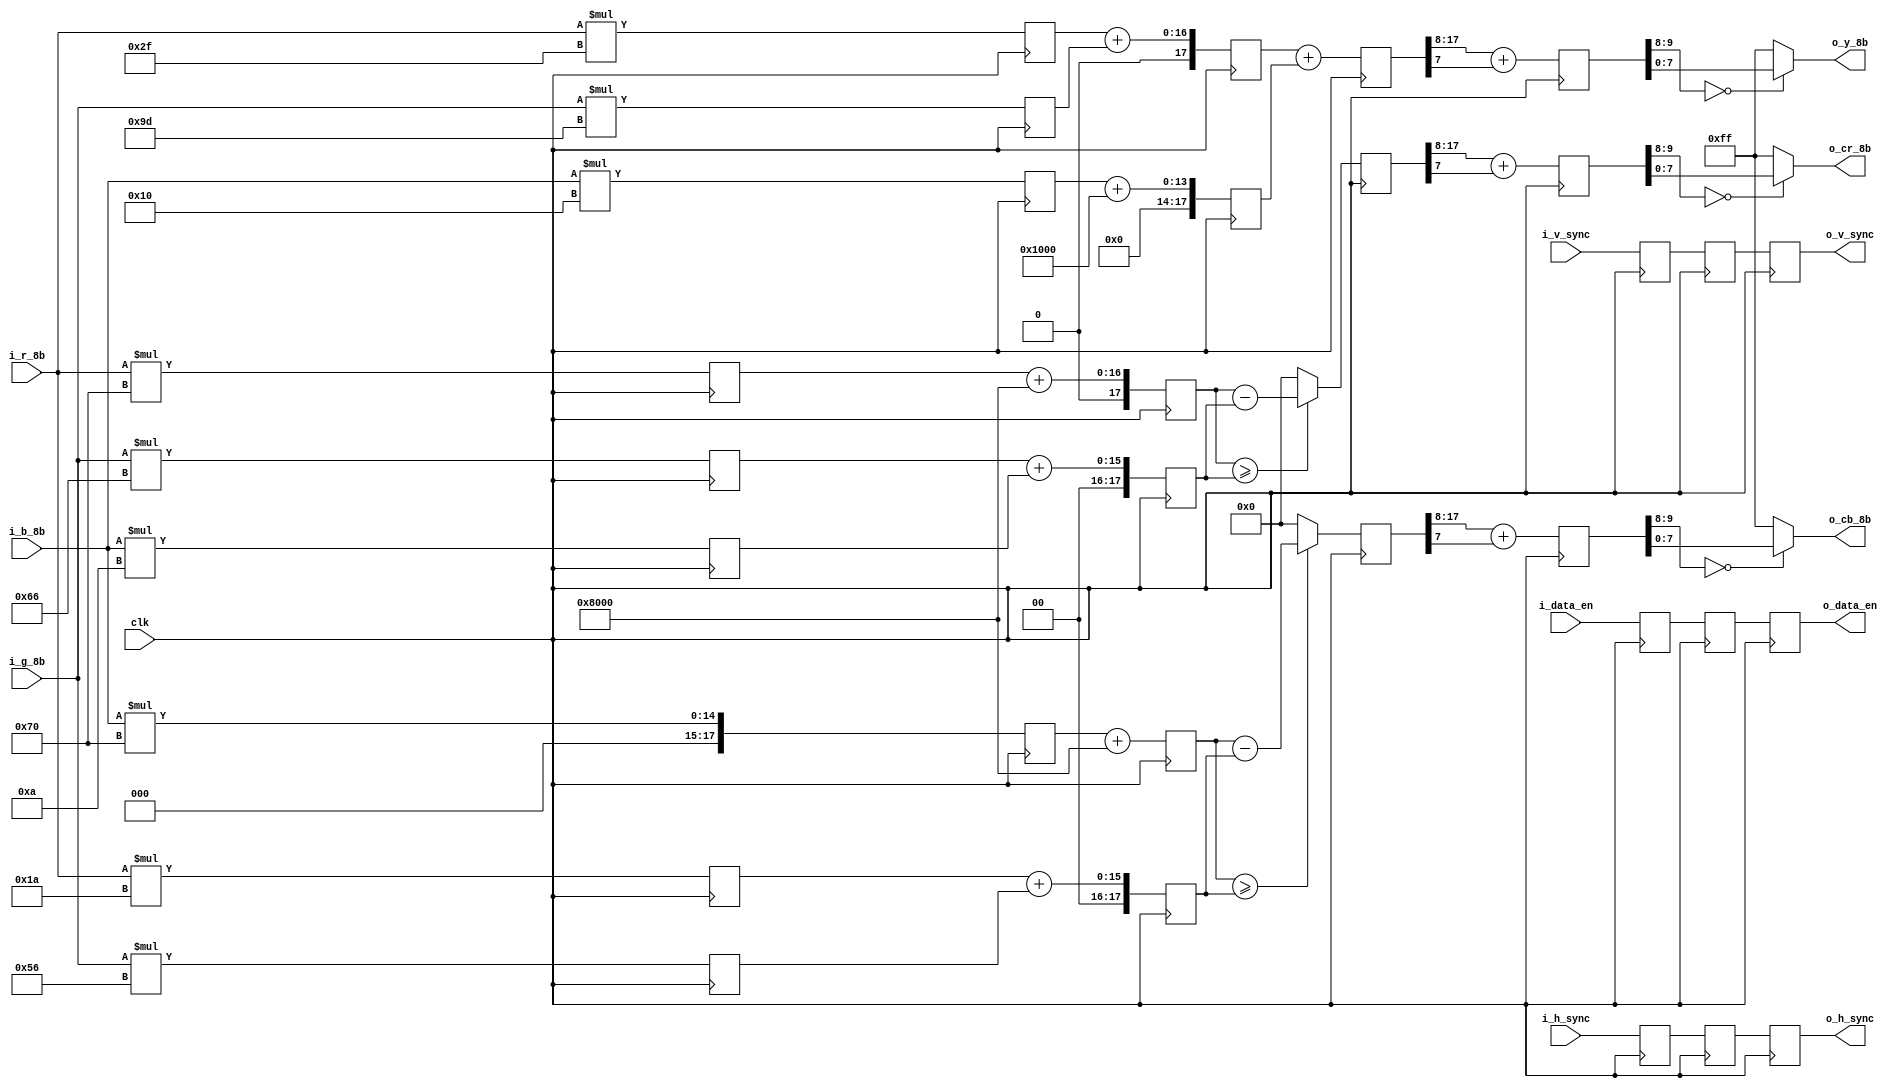
/* 
    RGBYUV
		Y  =  0.183R + 0.614G + 0.062B + 16;
							CB = -0.101R - 0.338G + 0.439B + 128; 
							CR =  0.439R - 0.399G - 0.040B + 128;
	
	clock
	
	
	0
	
*/
`timescale 1ns/1ps
module	rgb_to_ycbcr(
						input								clk,
						input				[7 : 0]		i_r_8b,
						input				[7 : 0]		i_g_8b,
						input				[7 : 0]		i_b_8b,
  						
						input						      i_h_sync,
						input							   i_v_sync,
						input							   i_data_en,
						
						output			[7 : 0]		o_y_8b,
						output			[7 : 0]		o_cb_8b,
						output			[7 : 0]		o_cr_8b,
						
						output							o_h_sync,
						output							o_v_sync,                                                                                                  
						output						   o_data_en                                                                                                
						);

/***************************************parameters*******************************************/
//multiply 256
parameter	para_0183_10b = 10'd47;    //0.183 
parameter	para_0614_10b = 10'd157;
parameter	para_0062_10b = 10'd16;
parameter	para_0101_10b = 10'd26;
parameter	para_0338_10b = 10'd86;
parameter	para_0439_10b = 10'd112;
parameter	para_0399_10b = 10'd102;
parameter	para_0040_10b = 10'd10;
parameter	para_16_18b = 18'd4096;
parameter	para_128_18b = 18'd32768;
/********************************************************************************************/

/***************************************signals**********************************************/
wire				sign_cb;
wire				sign_cr;
reg[17: 0]	mult_r_for_y_18b;
reg[17: 0]	mult_r_for_cb_18b;
reg[17: 0]	mult_r_for_cr_18b;

reg[17: 0]	mult_g_for_y_18b;
reg[17: 0]	mult_g_for_cb_18b;
reg[17: 0]	mult_g_for_cr_18b;

reg[17: 0]	mult_b_for_y_18b;
reg[17: 0]	mult_b_for_cb_18b;
reg[17: 0]	mult_b_for_cr_18b;

reg[17: 0]	add_y_0_18b;
reg[17: 0]	add_cb_0_18b;
reg[17: 0]	add_cr_0_18b;

reg[17: 0]	add_y_1_18b;
reg[17: 0]	add_cb_1_18b;
reg[17: 0]	add_cr_1_18b;

reg[17: 0] 	result_y_18b;
reg[17: 0]	result_cb_18b;
reg[17: 0]	result_cr_18b;

reg[9:0] y_tmp;
reg[9:0] cb_tmp;
reg[9:0] cr_tmp;

reg					i_h_sync_delay_1;
reg					i_v_sync_delay_1;
reg					i_data_en_delay_1;

reg					i_h_sync_delay_2;
reg					i_v_sync_delay_2;
reg					i_data_en_delay_2;

reg					i_h_sync_delay_3;
reg					i_v_sync_delay_3;
reg					i_data_en_delay_3;
/********************************************************************************************/

/***************************************initial**********************************************/
initial
begin
	mult_r_for_y_18b <= 18'd0;
	mult_r_for_cb_18b <= 18'd0;
	mult_r_for_cr_18b <= 18'd0;
	
	mult_g_for_y_18b <= 18'd0;
	mult_g_for_cb_18b <= 18'd0;
	mult_g_for_cr_18b <= 18'd0;
	
	mult_b_for_y_18b <= 18'd0;
	mult_g_for_cb_18b <= 18'd0;
	mult_b_for_cr_18b <= 18'd0;

	
	add_y_0_18b <= 18'd0;
	add_cb_0_18b <= 18'd0;
	add_cr_0_18b <= 18'd0;
	
	add_y_1_18b <= 18'd0;
	add_cb_1_18b <= 18'd0;
	add_cr_1_18b <= 18'd0;
	
	result_y_18b <= 18'd0;
	result_cb_18b <= 18'd0;
	result_cr_18b <= 18'd0;
	
	i_h_sync_delay_1 <= 1'd0;
	i_v_sync_delay_1 <= 1'd0;
	i_data_en_delay_1 <= 1'd0;
	
	i_h_sync_delay_2 <= 1'd0;
	i_v_sync_delay_2 <= 1'd0;
	i_data_en_delay_2 <= 1'd0;
                                          	
end 
/********************************************************************************************/
    
/***************************************arithmetic*******************************************/
//LV1 pipeline : mult
always @ (posedge	clk)
begin
	mult_r_for_y_18b <= i_r_8b * para_0183_10b;
	mult_r_for_cb_18b <= i_r_8b * para_0101_10b;
	mult_r_for_cr_18b <= i_r_8b * para_0439_10b;
end

always @ (posedge	clk)
begin
	mult_g_for_y_18b <= i_g_8b * para_0614_10b;
	mult_g_for_cb_18b <= i_g_8b * para_0338_10b;
	mult_g_for_cr_18b <= i_g_8b * para_0399_10b;
end

always @ (posedge	clk)
begin
	mult_b_for_y_18b <= i_b_8b * para_0062_10b;
	mult_b_for_cb_18b <= i_b_8b * para_0439_10b;
	mult_b_for_cr_18b <= i_b_8b * para_0040_10b;
end
//LV2 pipeline : add
always @ (posedge	clk)
begin
	add_y_0_18b <= mult_r_for_y_18b + mult_g_for_y_18b;
	add_y_1_18b <= mult_b_for_y_18b + para_16_18b;
	
	add_cb_0_18b <= mult_b_for_cb_18b + para_128_18b;
	add_cb_1_18b <= mult_r_for_cb_18b + mult_g_for_cb_18b;
	
	add_cr_0_18b <= mult_r_for_cr_18b + para_128_18b;
	add_cr_1_18b <= mult_g_for_cr_18b + mult_b_for_cr_18b;
end
//LV3 pipeline : y + cb + cr

assign	sign_cb = (add_cb_0_18b >= add_cb_1_18b);
assign	sign_cr = (add_cr_0_18b >= add_cr_1_18b);
always @ (posedge	clk)
begin
	result_y_18b <= add_y_0_18b + add_y_1_18b;
	result_cb_18b <= sign_cb ? (add_cb_0_18b - add_cb_1_18b) : 18'd0;
	result_cr_18b <= sign_cr ? (add_cr_0_18b - add_cr_1_18b) : 18'd0;
end

always @ (posedge	clk)
begin
	y_tmp <= result_y_18b[17:8] + {9'd0,result_y_18b[7]};
	cb_tmp <= result_cb_18b[17:8] + {9'd0,result_cb_18b[7]};
	cr_tmp <= result_cr_18b[17:8] + {9'd0,result_cr_18b[7]};
end

//output
assign	o_y_8b 	= (y_tmp[9:8] == 2'b00) ? y_tmp[7 : 0] : 8'hFF;
assign	o_cb_8b 	= (cb_tmp[9:8] == 2'b00) ? cb_tmp[7 : 0] : 8'hFF;
assign	o_cr_8b 	= (cr_tmp[9:8] == 2'b00) ? cr_tmp[7 : 0] : 8'hFF;
/********************************************************************************************/

/***************************************timing***********************************************/
always @ (posedge	clk)
begin
	i_h_sync_delay_1 <= i_h_sync;
	i_v_sync_delay_1 <= i_v_sync;
	i_data_en_delay_1 <= i_data_en;
	
	i_h_sync_delay_2 <= i_h_sync_delay_1;
	i_v_sync_delay_2 <= i_v_sync_delay_1;
	i_data_en_delay_2 <= i_data_en_delay_1;
	
	i_h_sync_delay_3 <= i_h_sync_delay_2;
	i_v_sync_delay_3 <= i_v_sync_delay_2;
	i_data_en_delay_3 <= i_data_en_delay_2;
end	
//--------------------------------------
//timing
//--------------------------------------	
assign	o_h_sync = i_h_sync_delay_3;
assign	o_v_sync = i_v_sync_delay_3;
assign 	o_data_en = i_data_en_delay_3;

/********************************************************************************************/
endmodule